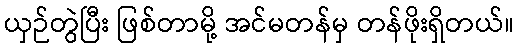
ယှဉ်တွဲပြီး ဖြစ်တာမို့ အင်မတန်မှ တန်ဖိုးရှိတယ်။